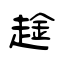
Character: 趛